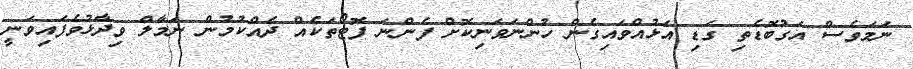
ނަމަވެސް އަގުބޮޑެތި ގަޑި އަޅުއްވައިގެން ހުންނަވަނިކޮށް ފެންނަ ފޮޓޯތަކެއް ދެއްކުމުން ނަމާލް ވިދާޅުވެފައިވަނީ